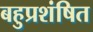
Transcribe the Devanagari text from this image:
बहुप्रशंषित